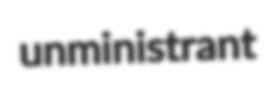
unministrant